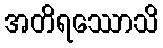
အတိရဿောသိ